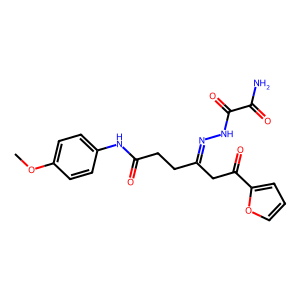
SMILES: COc1ccc(NC(=O)CCC(CC(=O)c2ccco2)=NNC(=O)C(N)=O)cc1
Inhibits HIV replication: No